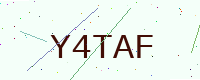
Text: Y4TAF